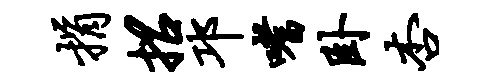
捐招邛嗜卧杏